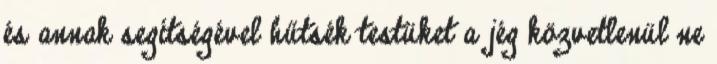
és annak segítségével hűtsék testüket a jég közvetlenül ne